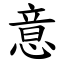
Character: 意